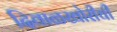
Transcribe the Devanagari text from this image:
दिवाळखोरीची